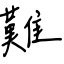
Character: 難